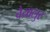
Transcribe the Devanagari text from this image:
वैयालुर